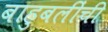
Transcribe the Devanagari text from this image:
बाहुबलींची